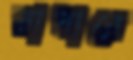
রাধারে